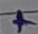
Text: +